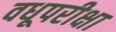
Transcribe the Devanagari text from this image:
वधूपरीक्षा